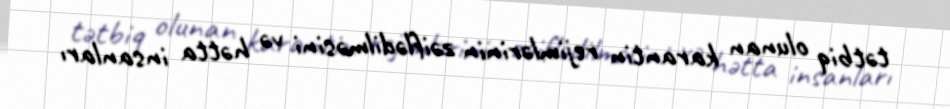
tətbiq olunan karantin rejimlərinin zəiflədilməsini və hətta insanları